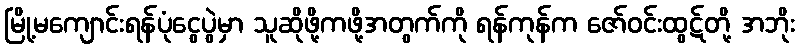
မြို့မကျောင်းရန်ပုံငွေပွဲမှာ သူဆိုဖို့ကဖို့အတွက်ကို ရန်ကုန်က ဇော်ဝင်းထွဋ်တို့ အဘိုး